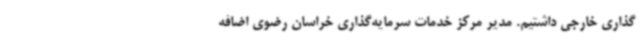
‌گذاری خارجی داشتیم. مدیر مرکز خدمات سرمایه‌گذاری خراسان رضوی اضافه